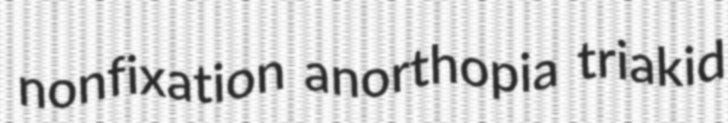
nonfixation anorthopia triakid